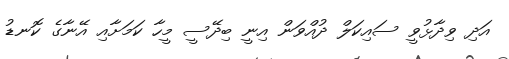
އަދި ވިދާޅުވީ ސައިކަލް ދުއްވަން އިނީ ބިދޭސީ މީހާ ކަމަށާއި އޭނާގެ ކޮނޑު